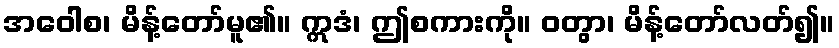
အဝေါစ၊ မိန့်တော်မူ၏။ ဣဒံ၊ ဤစကားကို။ ဝတွာ၊ မိန့်တော်လတ်၍။